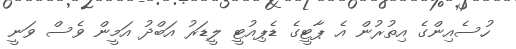
ހުސެއިންގެ އިތުރުން އެ ޕާޓީގެ ޑެޕިއުޓީ ލީޑަރު އަބްދު އަމީން ވެސް ވަނީ